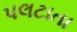
પલટાતા